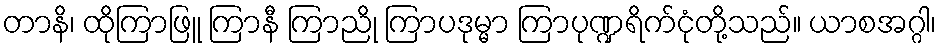
တာနိ၊ ထိုကြာဖြူ ကြာနီ ကြာညို ကြာပဒုမ္မာ ကြာပုဏ္ဍရိက်ငုံတို့သည်။ ယာစအဂ္ဂါ၊